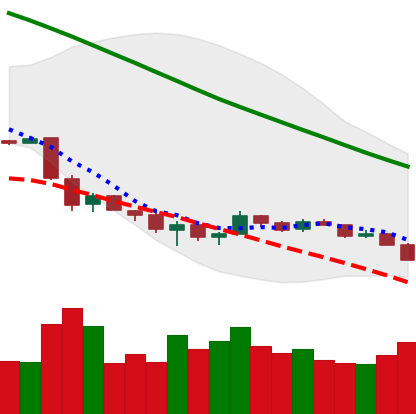
Ticker: ETH-USD
Chart end date: 2018-12-06
Forward return: -3.069%
Label: down_3_5